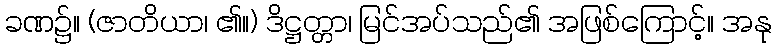
ခဏ၌။ (ဇာတိယာ၊ ၏။) ဒိဋ္ဌတ္တာ၊ မြင်အပ်သည်၏ အဖြစ်ကြောင့်။ အနု